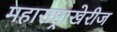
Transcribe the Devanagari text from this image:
महाराष्ट्राखेरीज